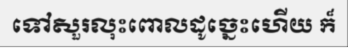
ទៅសួរលុះពោលដូច្នេះហើយ ក៏